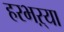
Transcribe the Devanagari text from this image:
हरभऱ्या